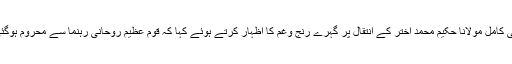
مولانا فضل الرحمن خلیل نے تعزیتی اجلاس سے خطاب کے دوران ولی کامل مولانا حکیم محمد اختر کے انتقال پر گہرے رنج وغم کا اظہار کرتے ہوئے کہا کہ قوم عظیم روحانی رہنما سے محروم ہوگئی، ان کی موت سے پیدا ہونے والا خلا صدیوں پر نہیں کیا جاسکے گا۔